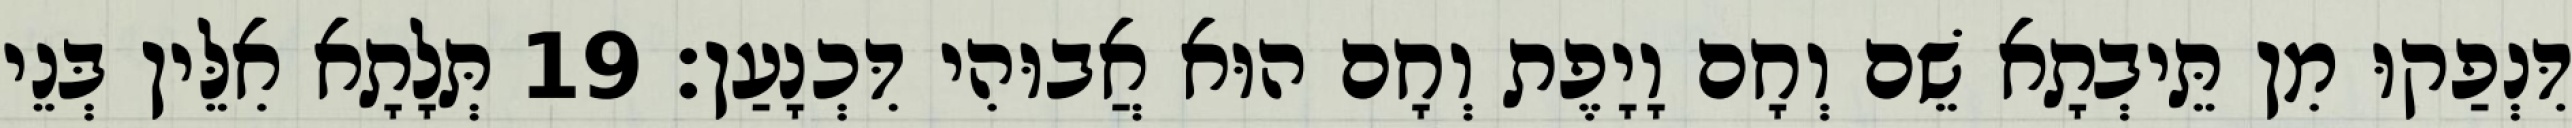
דִּנְפַקוּ מִן תֵּיבְתָא שֵׁם וְחָם וָיָפֶת וְחָם הוּא אֲבוּהִי דִּכְנָעַן׃ 19 תְּלָתָא אִלֵּין בְּנֵי